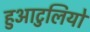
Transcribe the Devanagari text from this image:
हुआटुलियो